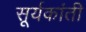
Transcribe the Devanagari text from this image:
सूर्यकांती